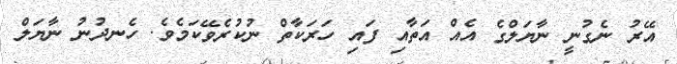
އޭރު ނެގުނީ ނާޔަލްގެ އެއް އަތާއި ފައި ހަރަކާތް ނުކުރެވޭކަމެވެ. ހެނދުނު ނާޔަލް